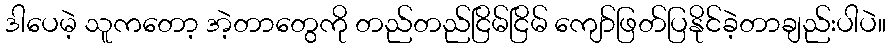
ဒါပေမဲ့ သူကတော့ အဲ့တာတွေကို တည်တည်ငြိမ်ငြိမ် ကျော်ဖြတ်ပြနိုင်ခဲ့တာချည်းပါပဲ။